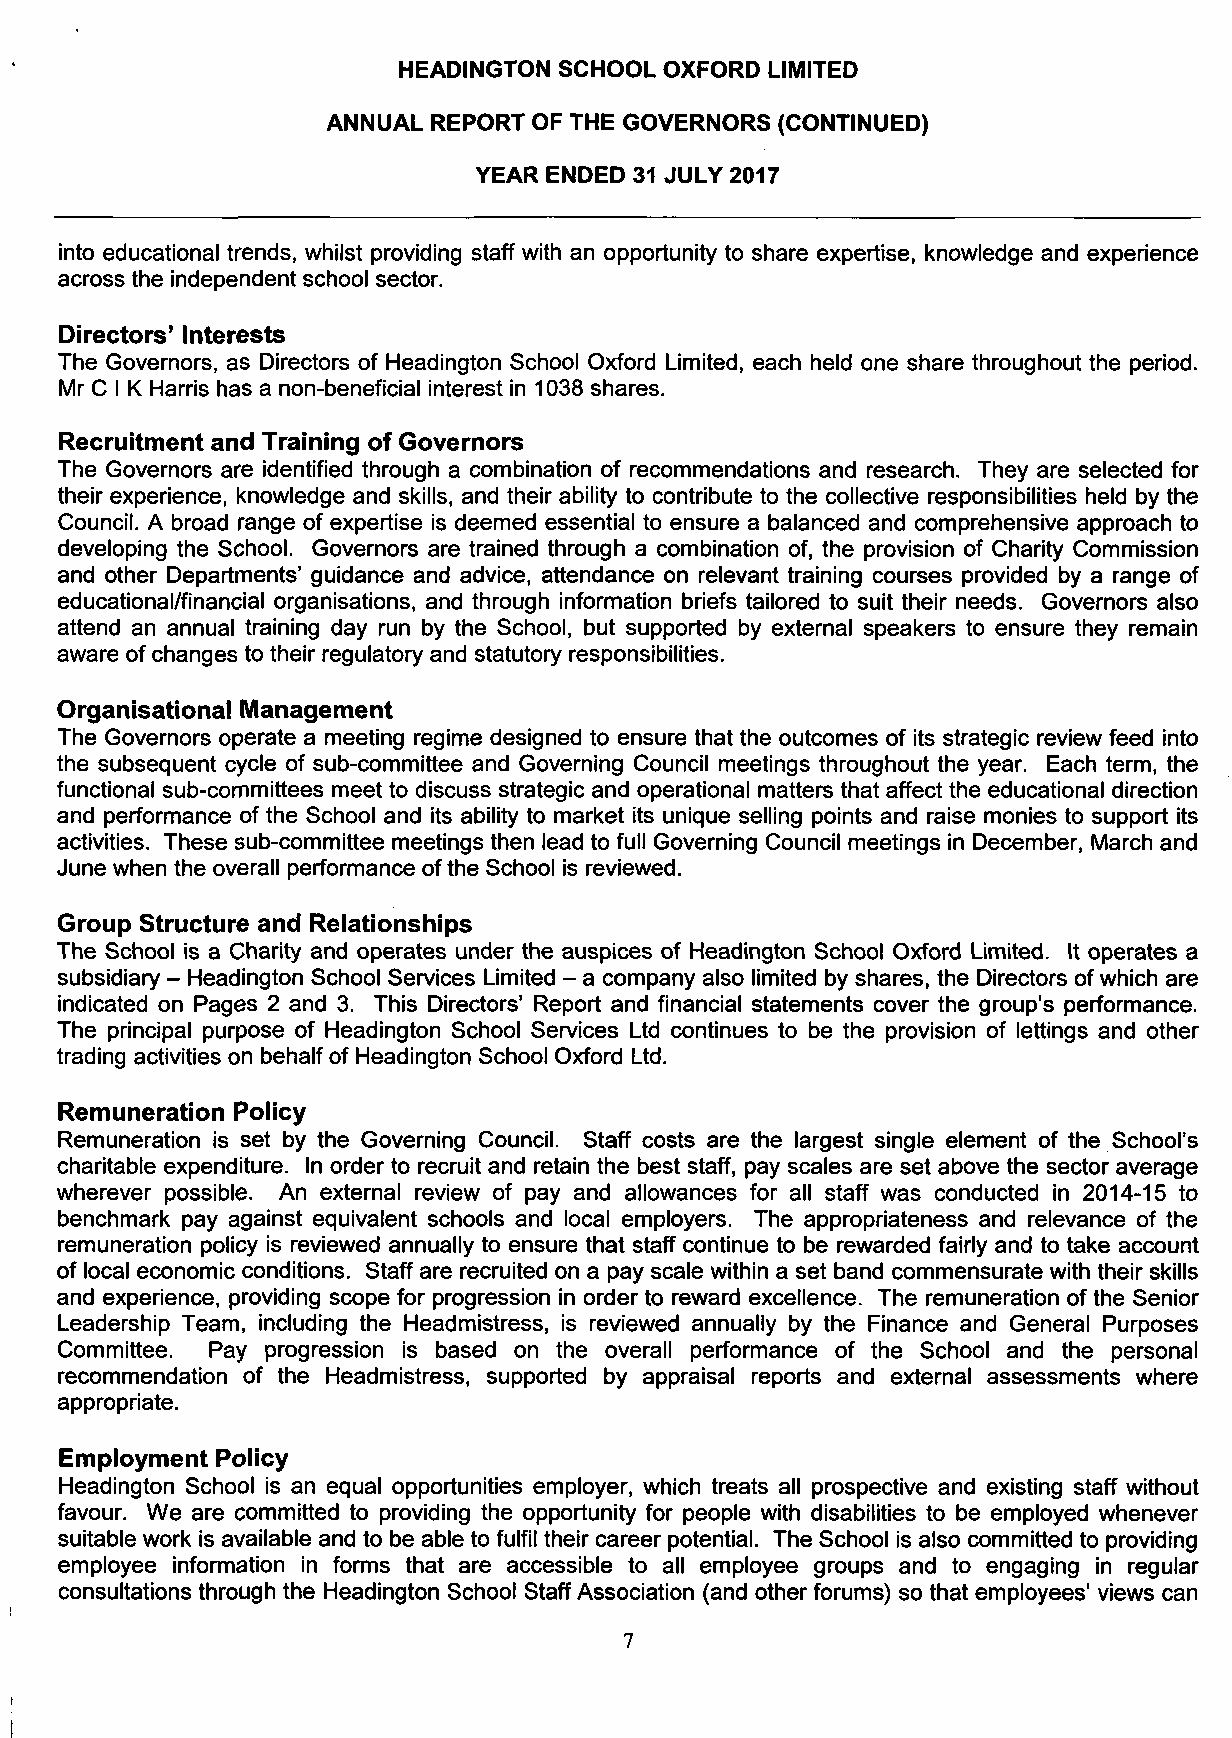
HEADINGTON SCHOOL OXFORD LIMITED
 ANNUAL REPORT OF THE GOVERNORS (CONTINUED)
 YEAR ENDED 31 JULY 2017
 into educational trends, whilst providing staff with an opportunity to share expertise, knowledge and experience
 across the independent school sector.
 Directors' Interests
 The Governors, as Directors of Headington School Oxford Limited, each held one share throughout the period.
 Mr C I K Harris has a non-beneficial interest in 1038 shares.
 Recruitment and Training of Governors
 The Governors are identified through a combination of recommendations and research. They are selected for
 their experience, knowledge and skills, and their ability to contribute to the collective responsibilities held by the
 Council. A broad range of expertise is deemed essential to ensure a balanced and comprehensive approach to
 developing the School. Governors are trained through a combination of, the provision of Charity Commission
 and other Departments' guidance and advice, attendance on relevant training courses provided by a range of
 educational/financial organisations, and through information briefs tailored to suit their needs. Governors also
 attend an annual training day run by the School, but supported by external speakers to ensure they remain
 aware of changes to their regulatory and statutory responsibilities.
 Organisational Management
 The Governors operate a meeting regime designed to ensure that the outcomes of its strategic review feed into
 the subsequent cycle of sub-committee and Governing Council meetings throughout the year. Each term, the
 functional sub-committees meet to discuss strategic and operational matters that affect the educational direction
 and performance of the School and its ability to market its unique selling points and raise monies to support its
 activities. These sub-committee meetings then lead to full Governing Council meetings in December, March and
 June when the overall performance ofthe School is reviewed.
 Group Structure and Relationships
 The School is a Charity and operates under the auspices of Headington School Oxford Limited. It operates a
 subsidiary - Headington School Services Limited - a company also limited by shares, the Directors of which are
 indicated on Pages 2 and 3. This Directors' Report and financial statements cover the group's performance.
 The principal purpose of Headington School Services Ltd continues to be the provision of lettings and other
 trading activities on behalf of Headington School Oxford Ltd.
 Remuneration Policy
 Remuneration is set by the Governing Council. Staff costs are the largest single element of the School's
 charitable expenditure. In order to recruit and retain the best staff, pay scales are set above the sector average
 wherever possible. An external review of pay and allowances for all staff was conducted in 2014-15 to
 benchmark pay against equivalent schools and local employers. The appropriateness and relevance of the
 remuneration policy is reviewed annually to ensure that staff continue to be rewarded fairly and to take account
 of local economic conditions. Staff are recruited on a pay scale within a set band commensurate with their skills
 and experience, providing scope for progression in order to reward excellence. The remuneration of the Senior
 Leadership Team, including the Headmistress, is reviewed annually by the Finance and General Purposes
 Committee. Pay progression is based on the overall performance of the School and the personal
 recommendation of the Headmistress, supported by appraisal reports and external assessments where
 appropriate.
 Employment Policy
 Headington School is an equal opportunities employer, which treats all prospective and existing staff without
 favour. We are committed to providing the opportunity for people with disabilities to be employed whenever
 suitable work is available and to be able to fulfil their career potential. The School is also committed to providing
 employee information in forms that are accessible to all employee groups and to engaging in regular
 consultations through the Headington School Staff Association (and other forums) so that employees' views can
 7